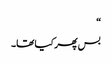
“
بس پھر کیا تھا۔